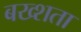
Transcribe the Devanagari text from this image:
बख्शता